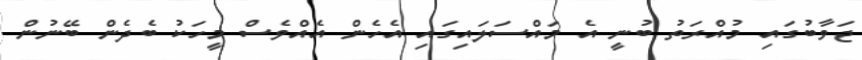
ޖަވާބުގައި މުއްރަތު ބުނީ އެ މައްސަލައިގައި އެހެން އެއްވެސް މީހަކު ބެދެން ބޭނުން